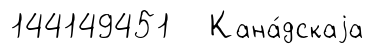
144149451 Кана́дскаjа